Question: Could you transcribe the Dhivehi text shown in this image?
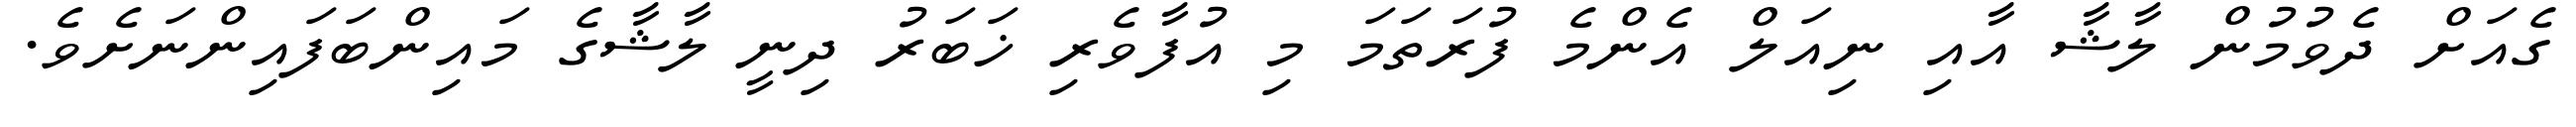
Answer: ގެއަށް ދެވުމުން ލާޝާ އާއި ނިއަލް އެންމެ ފުރަތަމަ މި އުފާވެރި ޚަބަރު ދިނީ ލާޝާގެ މައިންބަފައިންނަށެވެ.